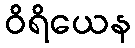
ဝိရိယေန